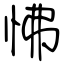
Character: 怫